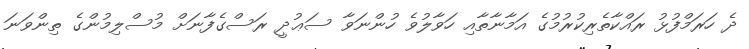
ދެ ހަރަމްފުޅު ރައްކާތެރިކުރުމުގެ އަމާނާތާއި ހަވާލުވެ ހުންނަވާ ސަޢުދީ ރަސްގެފާނަށް މުސްލިމުންގެ ތިންވަނަ